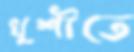
খুশীতে